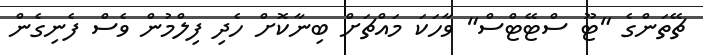
ޗޭތަންގެ "ޓޫ ސްޓޭޓްސް" ވާހަކަ މައްޗަށް ބިނާކޮށް ހެދި ފިލްމުން ވެސް ފެނިގެން